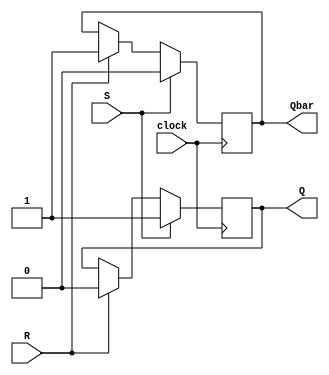
module gated_sr_flip_flop(
    input S,
    input R,
    input clock,
    output reg Q,
    output reg Qbar
);

reg Q_internal, Qbar_internal;

always @(posedge clock) begin
    if(S)
        Q_internal <= 1;
    else if(R)
        Q_internal <= 0;
end

always @(posedge clock) begin
    if(S)
        Qbar_internal <= 0;
    else if(R)
        Qbar_internal <= 1;
end

assign Q = Q_internal;
assign Qbar = Qbar_internal;

endmodule